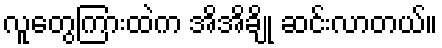
လူတွေကြားထဲက အိအိချို ဆင်းလာတယ်။